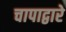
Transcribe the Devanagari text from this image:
चापाद्वारे